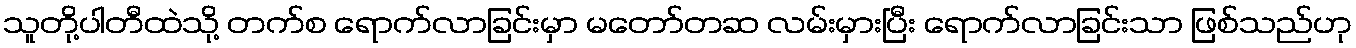
သူတို့ပါတီထဲသို့ တက်စ ရောက်လာခြင်းမှာ မတော်တဆ လမ်းမှားပြီး ရောက်လာခြင်းသာ ဖြစ်သည်ဟု